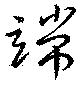
端